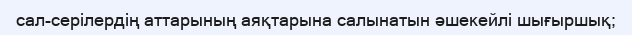
сал-серілердің аттарының аяқтарына салынатын әшекейлі шығыршық;